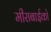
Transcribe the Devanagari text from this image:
मीराबाईको